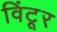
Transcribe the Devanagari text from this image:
विंटूर